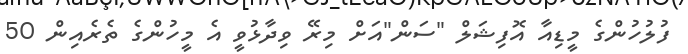
ފުލުހުންގެ މީޑިއާ އޮފިޝަލް "ސަން"އަށް މިރޭ ވިދާޅުވީ އެ މީހުންގެ ތެރެއިން 50